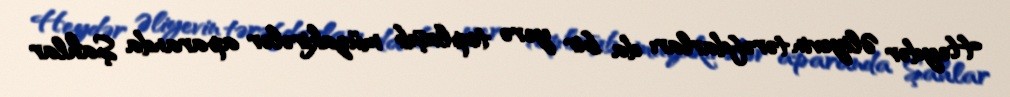
Heydər Əliyevin tərəfdarları da bir yerə toplaşıb müzakirələr aparanda Şahlar